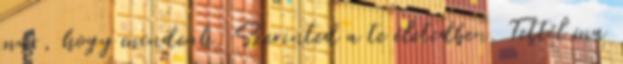
már, hogy mindenh. Szerinted a te életedben. Tettél ma